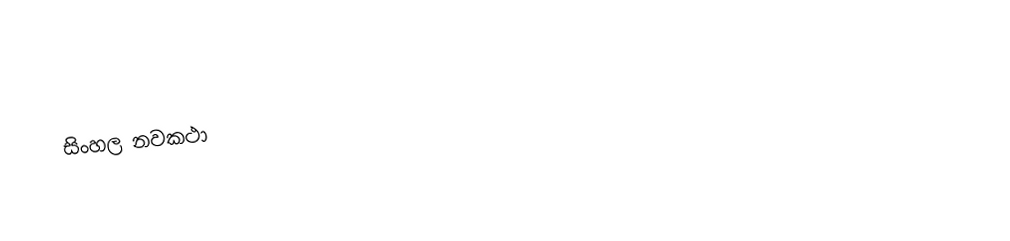
සිංහල නවකථා